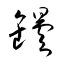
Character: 罎